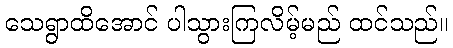
သေရွာထိအောင် ပါသွားကြလိမ့်မည် ထင်သည်။